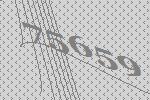
75659